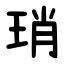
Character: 琑